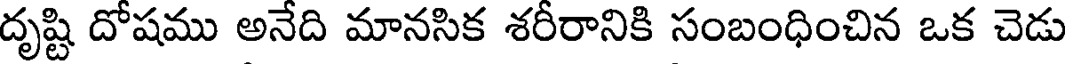
దృష్టి దోషము అనేది మానసిక శరీరానికి సంబంధించిన ఒక చెడు